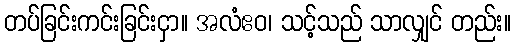
တပ်ခြင်းကင်းခြင်းငှာ။ အလံဧဝ၊ သင့်သည် သာလျှင် တည်း။